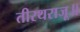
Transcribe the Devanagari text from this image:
तीरथराजू॥